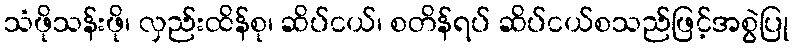
သံဖိုသန်းဖို၊ လှည်းထိန်စု၊ ဆိပ်ငယ်၊ စတိန်ရပ် ဆိပ်ငယ်စသည်ဖြင့်အစွဲပြု